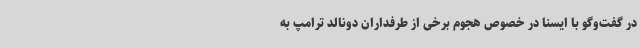
در گفت‌وگو با ایسنا در خصوص هجوم برخی از طرفداران دونالد ترامپ به